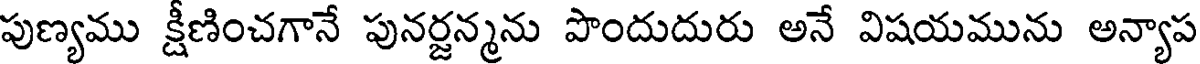
పుణ్యము క్షీణించగానే పునర్జన్మను పొందుదురు అనే విషయమును అన్యాప